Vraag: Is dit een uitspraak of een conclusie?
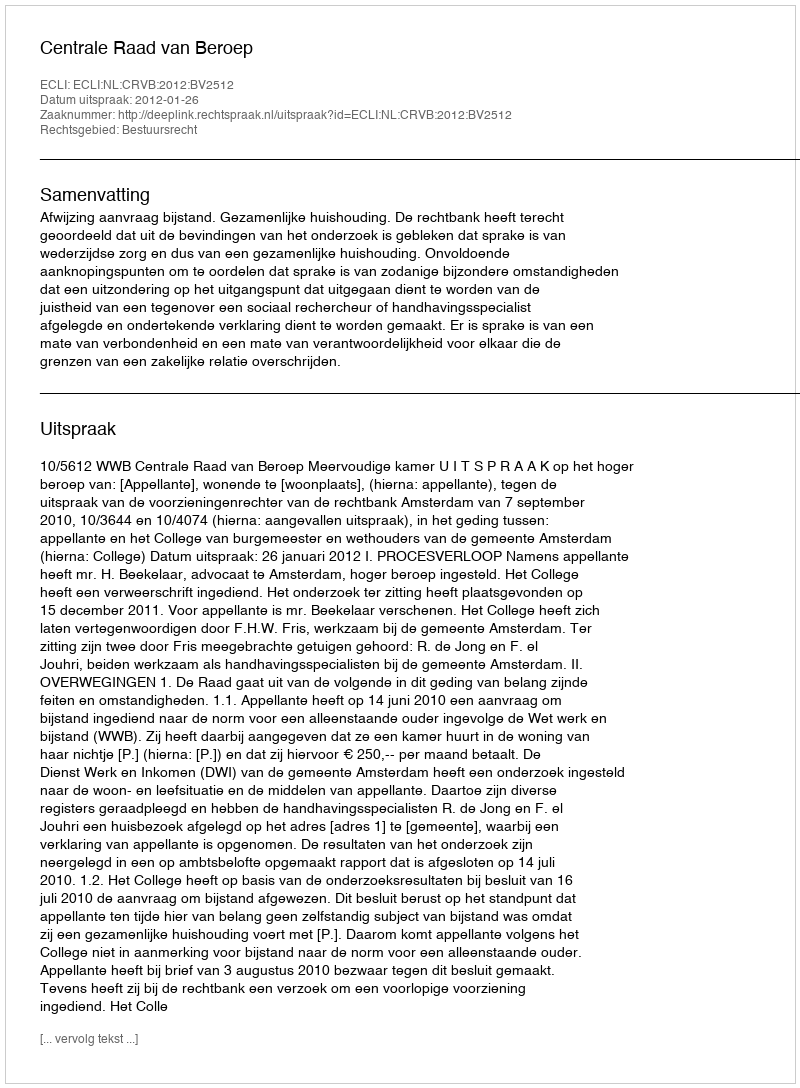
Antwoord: Uitspraak